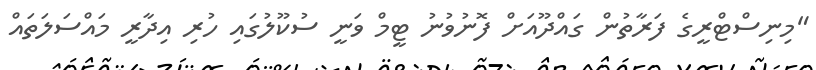
"މިނިސްޓްރީގެ ފަރާތުން ގައްދޫއަށް ފޮނުވުނު ޓީމް ވަނީ ސުކޫލުގައި ހުރި އިދާރީ މައްސަލަތައް